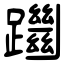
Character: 躖